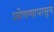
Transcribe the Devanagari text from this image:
शोषणापासून